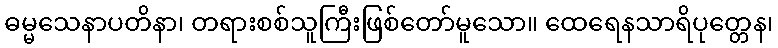
ဓမ္မသေနာပတိနာ၊ တရားစစ်သူကြီးဖြစ်တော်မူသော။ ထေရေနသာရိပုတ္တေန၊